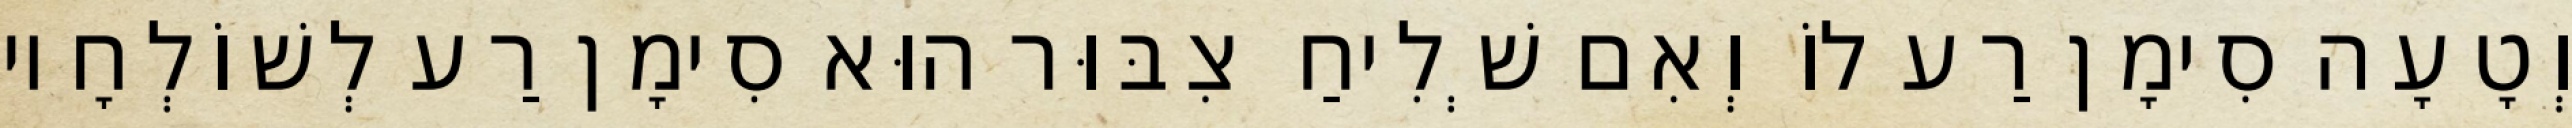
וְטָעָה סִימָן רַע לוֹ וְאִם שְׁלִיחַ צִבּוּר הוּא סִימָן רַע לְשׁוֹלְחָיו